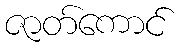
ဇာတ်ကောင်